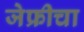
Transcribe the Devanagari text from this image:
जेफ्रीचा